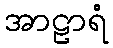
အာဠာရံ